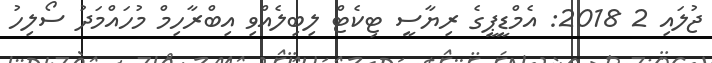
ޖުލައި 2 2018: އެމްޑީޕީގެ ރިޔާސީ ޓިކެޓް ލިބިލެއްވި އިބްރާހިމް މުހައްމަދު ސޯލިހު